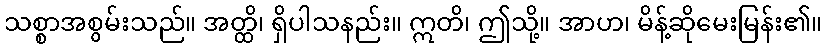
သစ္စာအစွမ်းသည်။ အတ္ထိ၊ ရှိပါသနည်း။ ဣတိ၊ ဤသို့။ အာဟ၊ မိန့်ဆိုမေးမြန်း၏။